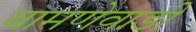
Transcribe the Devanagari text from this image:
बामणेवाडी